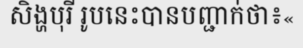
សិង្ហបុរី រូបនេះបានបញ្ជាក់ថា៖«